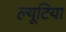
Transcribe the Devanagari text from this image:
ल्यूटिया